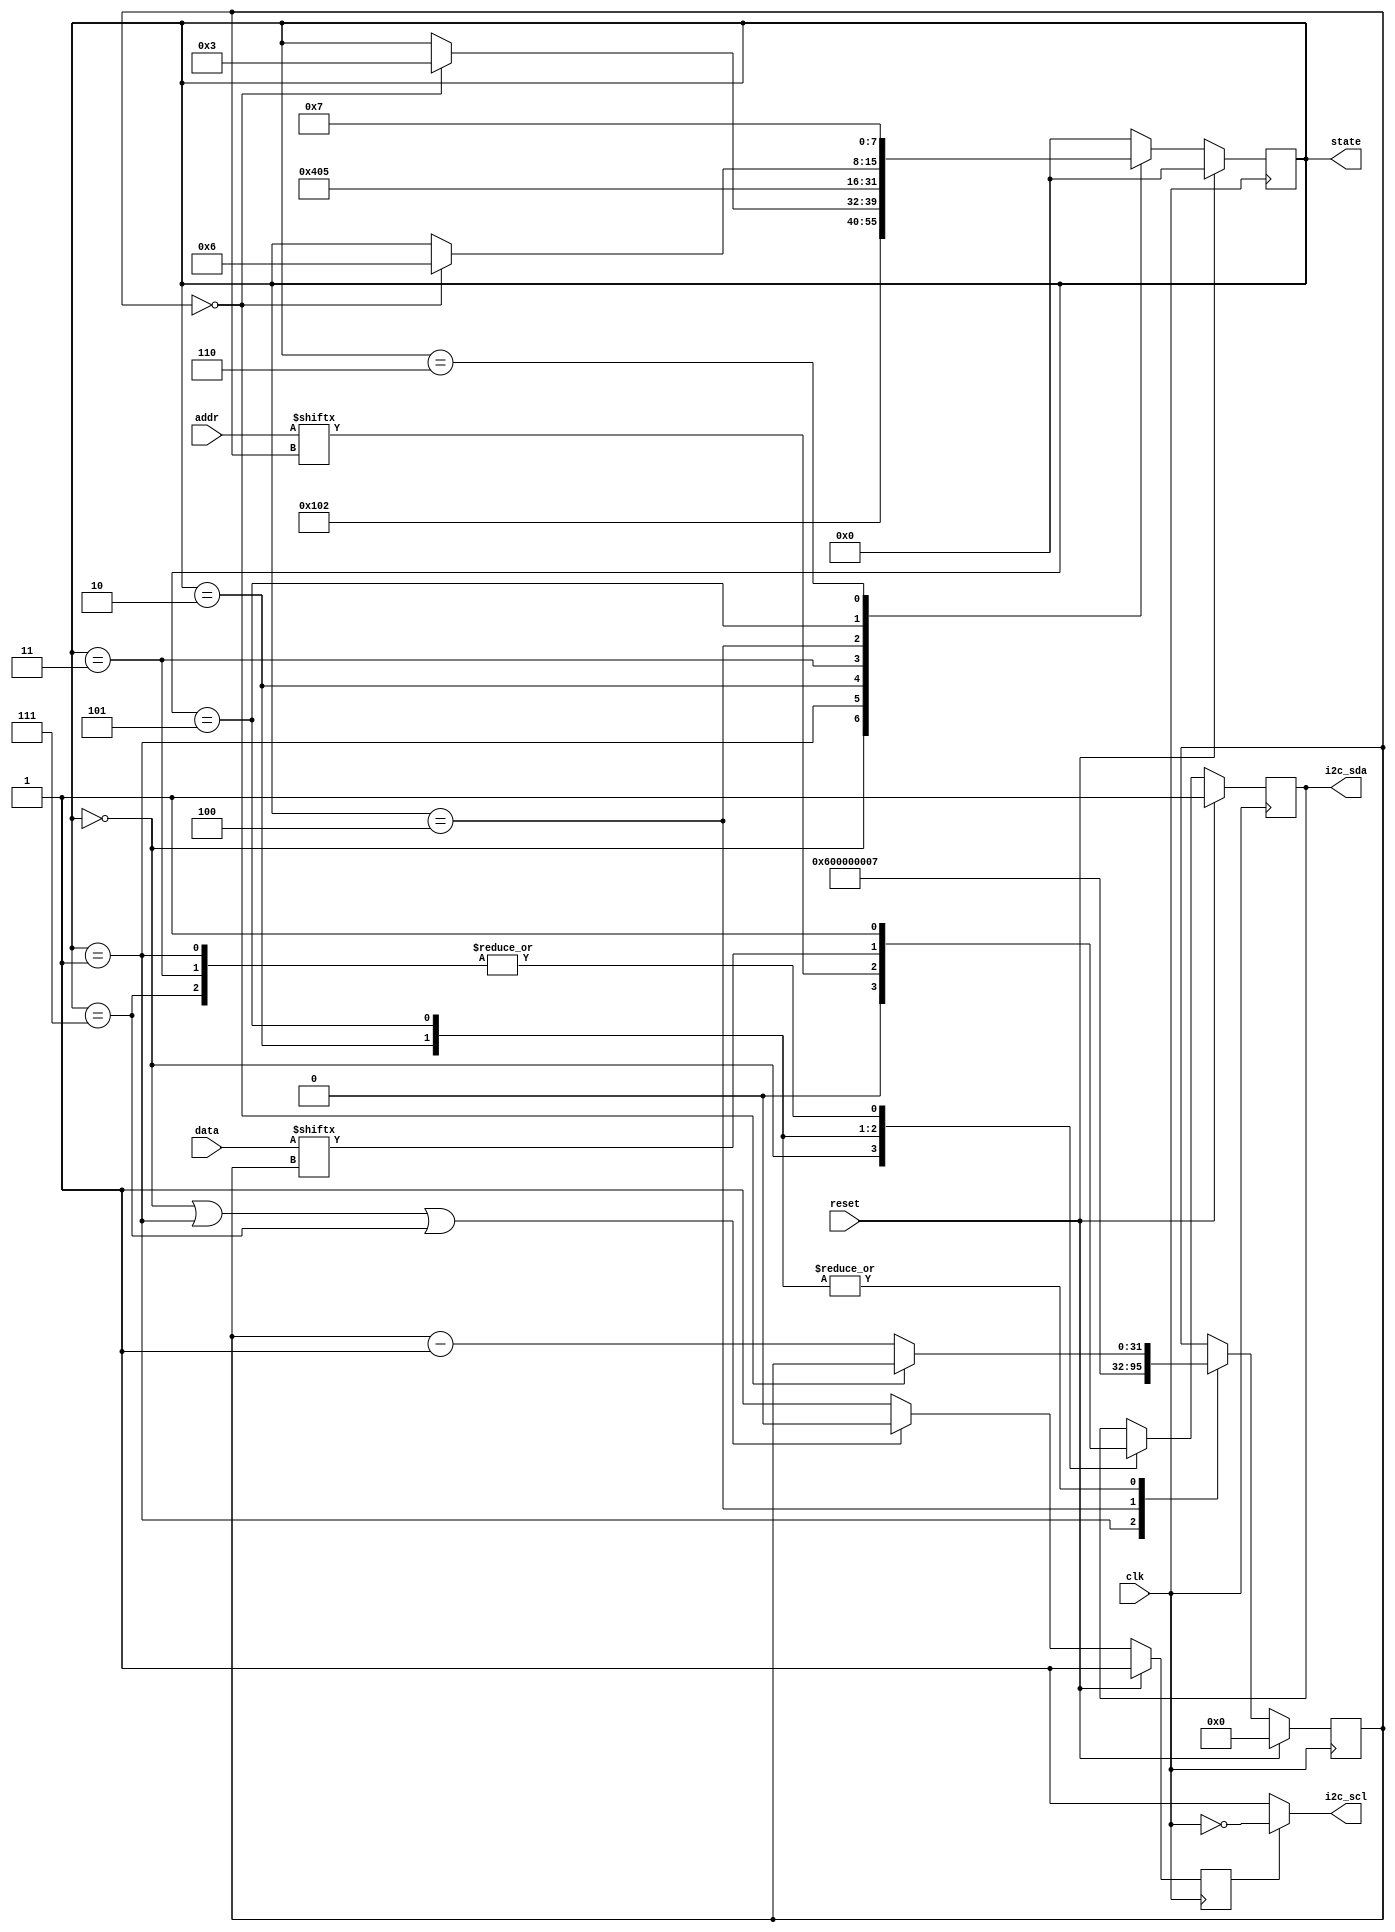
module i2c (
  input clk,
  input reset,
  input [6:0] addr,
  input [7:0] data,
  output reg i2c_sda,
  output wire i2c_scl,
  output reg [7:0] state
);

  // Define states
  localparam STATE_IDLE = 3'b000;
  localparam STATE_START = 3'b001;
  localparam STATE_ADDR = 3'b010;
  localparam STATE_RW = 3'b011;
  localparam STATE_WACK = 3'b100;
  localparam STATE_DATA = 3'b101;
  localparam STATE_WACK2 = 3'b110;
  localparam STATE_STOP = 3'b111;

  // Internal signals and variables
  reg [31:0] count;
  wire clk_div;
  reg i2c_scl_enable = 1'b0;

  // Assign i2c_scl based on i2c_scl_enable and clk
  assign i2c_scl = (i2c_scl_enable == 1'b0) ? 1'b1 : ~clk;

  // Initialize state and count
  initial begin
    count[3:0] = 4'b0000;
    i2c_sda = 1'b0;
    state[2:0] = STATE_IDLE;
    count[3:0] = 4'b0110;
    i2c_sda = 1'b1;
    state[2:0] = STATE_STOP;
  end

  // Clock control and state transition
  always @(negedge clk) begin
    if (reset == 1) begin
      i2c_scl_enable <= 1'b1;
    end else begin
      if ((state == STATE_IDLE) || (state == STATE_START) || (state == STATE_STOP)) begin
        i2c_scl_enable <= 1'b0;
      end else begin
        i2c_scl_enable <= 1'b1;
      end
    end
  end

  // State machine logic
  always @(posedge clk) begin
    if (reset == 1) begin
      state <= STATE_IDLE;
      i2c_sda <= 1'b1;
      count <= 4'b0;
    end else begin
      case (state)
        STATE_IDLE: begin
          i2c_sda <= 1'b0;
          state <= STATE_START;
        end

        STATE_START: begin
          i2c_sda <= 1'b1;
          state <= STATE_ADDR;
          count <= 6;
        end

        STATE_ADDR: begin
          i2c_sda <= addr[count];
          if (count == 0) begin
            state <= STATE_RW;
          end else begin
            count <= count - 1;
          end
        end

        STATE_RW: begin
          i2c_sda <= 1'b1;
          state <= STATE_WACK;
        end

        STATE_WACK: begin
          state <= STATE_DATA;
          count <= 7;
        end

        STATE_DATA: begin
          i2c_sda <= data[count];
          if (count == 0) begin
            state <= STATE_WACK2;
          end else begin
            count <= count - 1;
          end
        end

        STATE_WACK2: begin
          state <= STATE_STOP;
        end

        STATE_STOP: begin
          i2c_sda <= 1'b1;
          state <= STATE_IDLE;
        end

        default: begin
          state <= STATE_IDLE;
        end
      endcase
    end
  end

endmodule